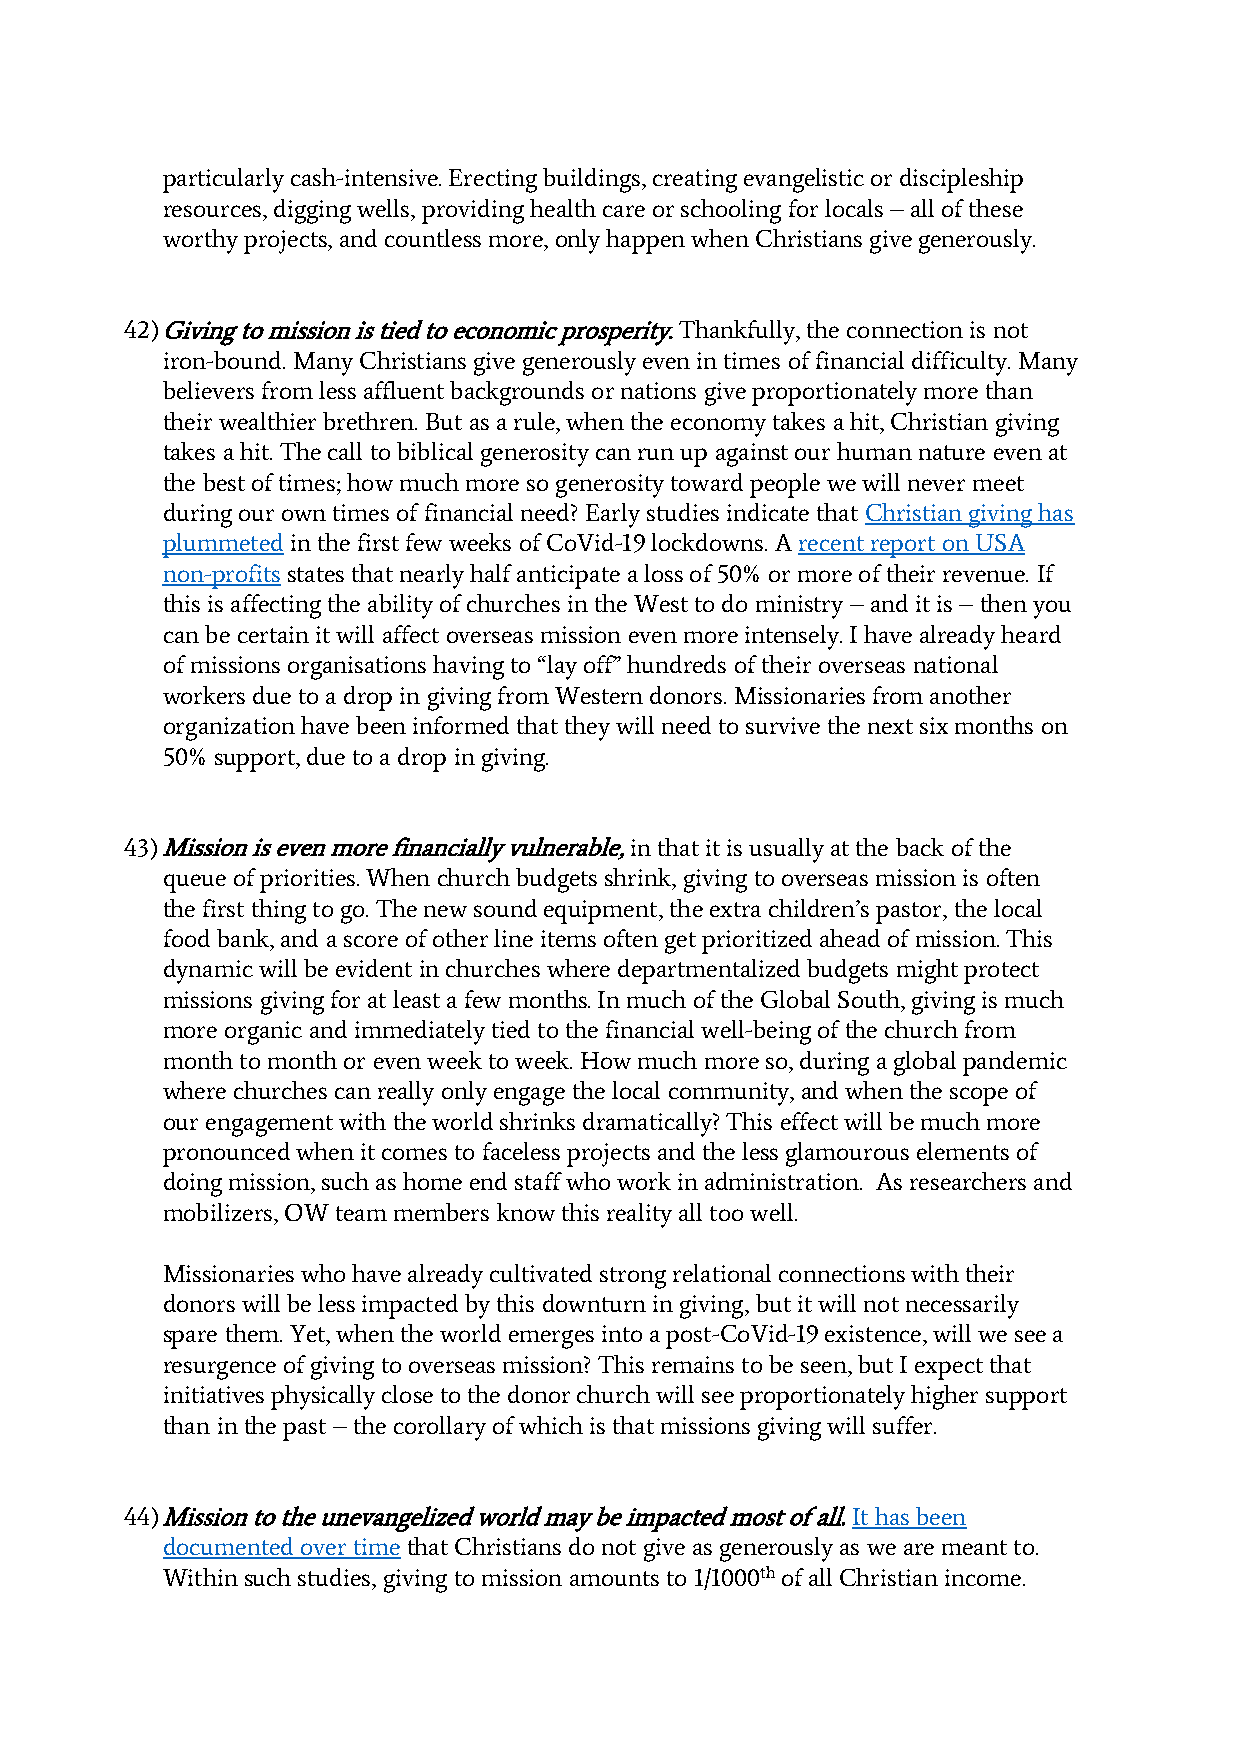
particularly cash-intensive. Erecting buildings, creating evangelistic or discipleship
 resources, digging wells, providing health care or schooling for locals – all of these
 worthy projects, and countless more, only happen when Christians give generously.
 42) Giving to mission is tied to economic prosperity. Thankfully, the connection is not
 iron-bound. Many Christians give generously even in times of financial difficulty. Many
 believers from less affluent backgrounds or nations give proportionately more than
 their wealthier brethren. But as a rule, when the economy takes a hit, Christian giving
 takes a hit. The call to biblical generosity can run up against our human nature even at
 the best of times; how much more so generosity toward people we will never meet
 during our own times of financial need? Early studies indicate that Christian giving has
 plummeted in the first few weeks of CoVid-19 lockdowns. A recent report on USA
 non-profits states that nearly half anticipate a loss of 50% or more of their revenue. If
 this is affecting the ability of churches in the West to do ministry – and it is – then you
 can be certain it will affect overseas mission even more intensely. I have already heard
 of missions organisations having to “lay off” hundreds of their overseas national
 workers due to a drop in giving from Western donors. Missionaries from another
 organization have been informed that they will need to survive the next six months on
 50% support, due to a drop in giving.
 43) Mission is even more financially vulnerable, in that it is usually at the back of the
 queue of priorities. When church budgets shrink, giving to overseas mission is often
 the first thing to go. The new sound equipment, the extra children’s pastor, the local
 food bank, and a score of other line items often get prioritized ahead of mission. This
 dynamic will be evident in churches where departmentalized budgets might protect
 missions giving for at least a few months. In much of the Global South, giving is much
 more organic and immediately tied to the financial well-being of the church from
 month to month or even week to week. How much more so, during a global pandemic
 where churches can really only engage the local community, and when the scope of
 our engagement with the world shrinks dramatically? This effect will be much more
 pronounced when it comes to faceless projects and the less glamourous elements of
 doing mission, such as home end staff who work in administration. As researchers and
 mobilizers, OW team members know this reality all too well.
 Missionaries who have already cultivated strong relational connections with their
 donors will be less impacted by this downturn in giving, but it will not necessarily
 spare them. Yet, when the world emerges into a post-CoVid-19 existence, will we see a
 resurgence of giving to overseas mission? This remains to be seen, but I expect that
 initiatives physically close to the donor church will see proportionately higher support
 than in the past – the corollary of which is that missions giving will suffer.
 44) Mission to the unevangelized world may be impacted most of all. It has been
 documented over time that Christians do not give as generously as we are meant to.
 Within such studies, giving to mission amounts to 1/1000th of all Christian income.